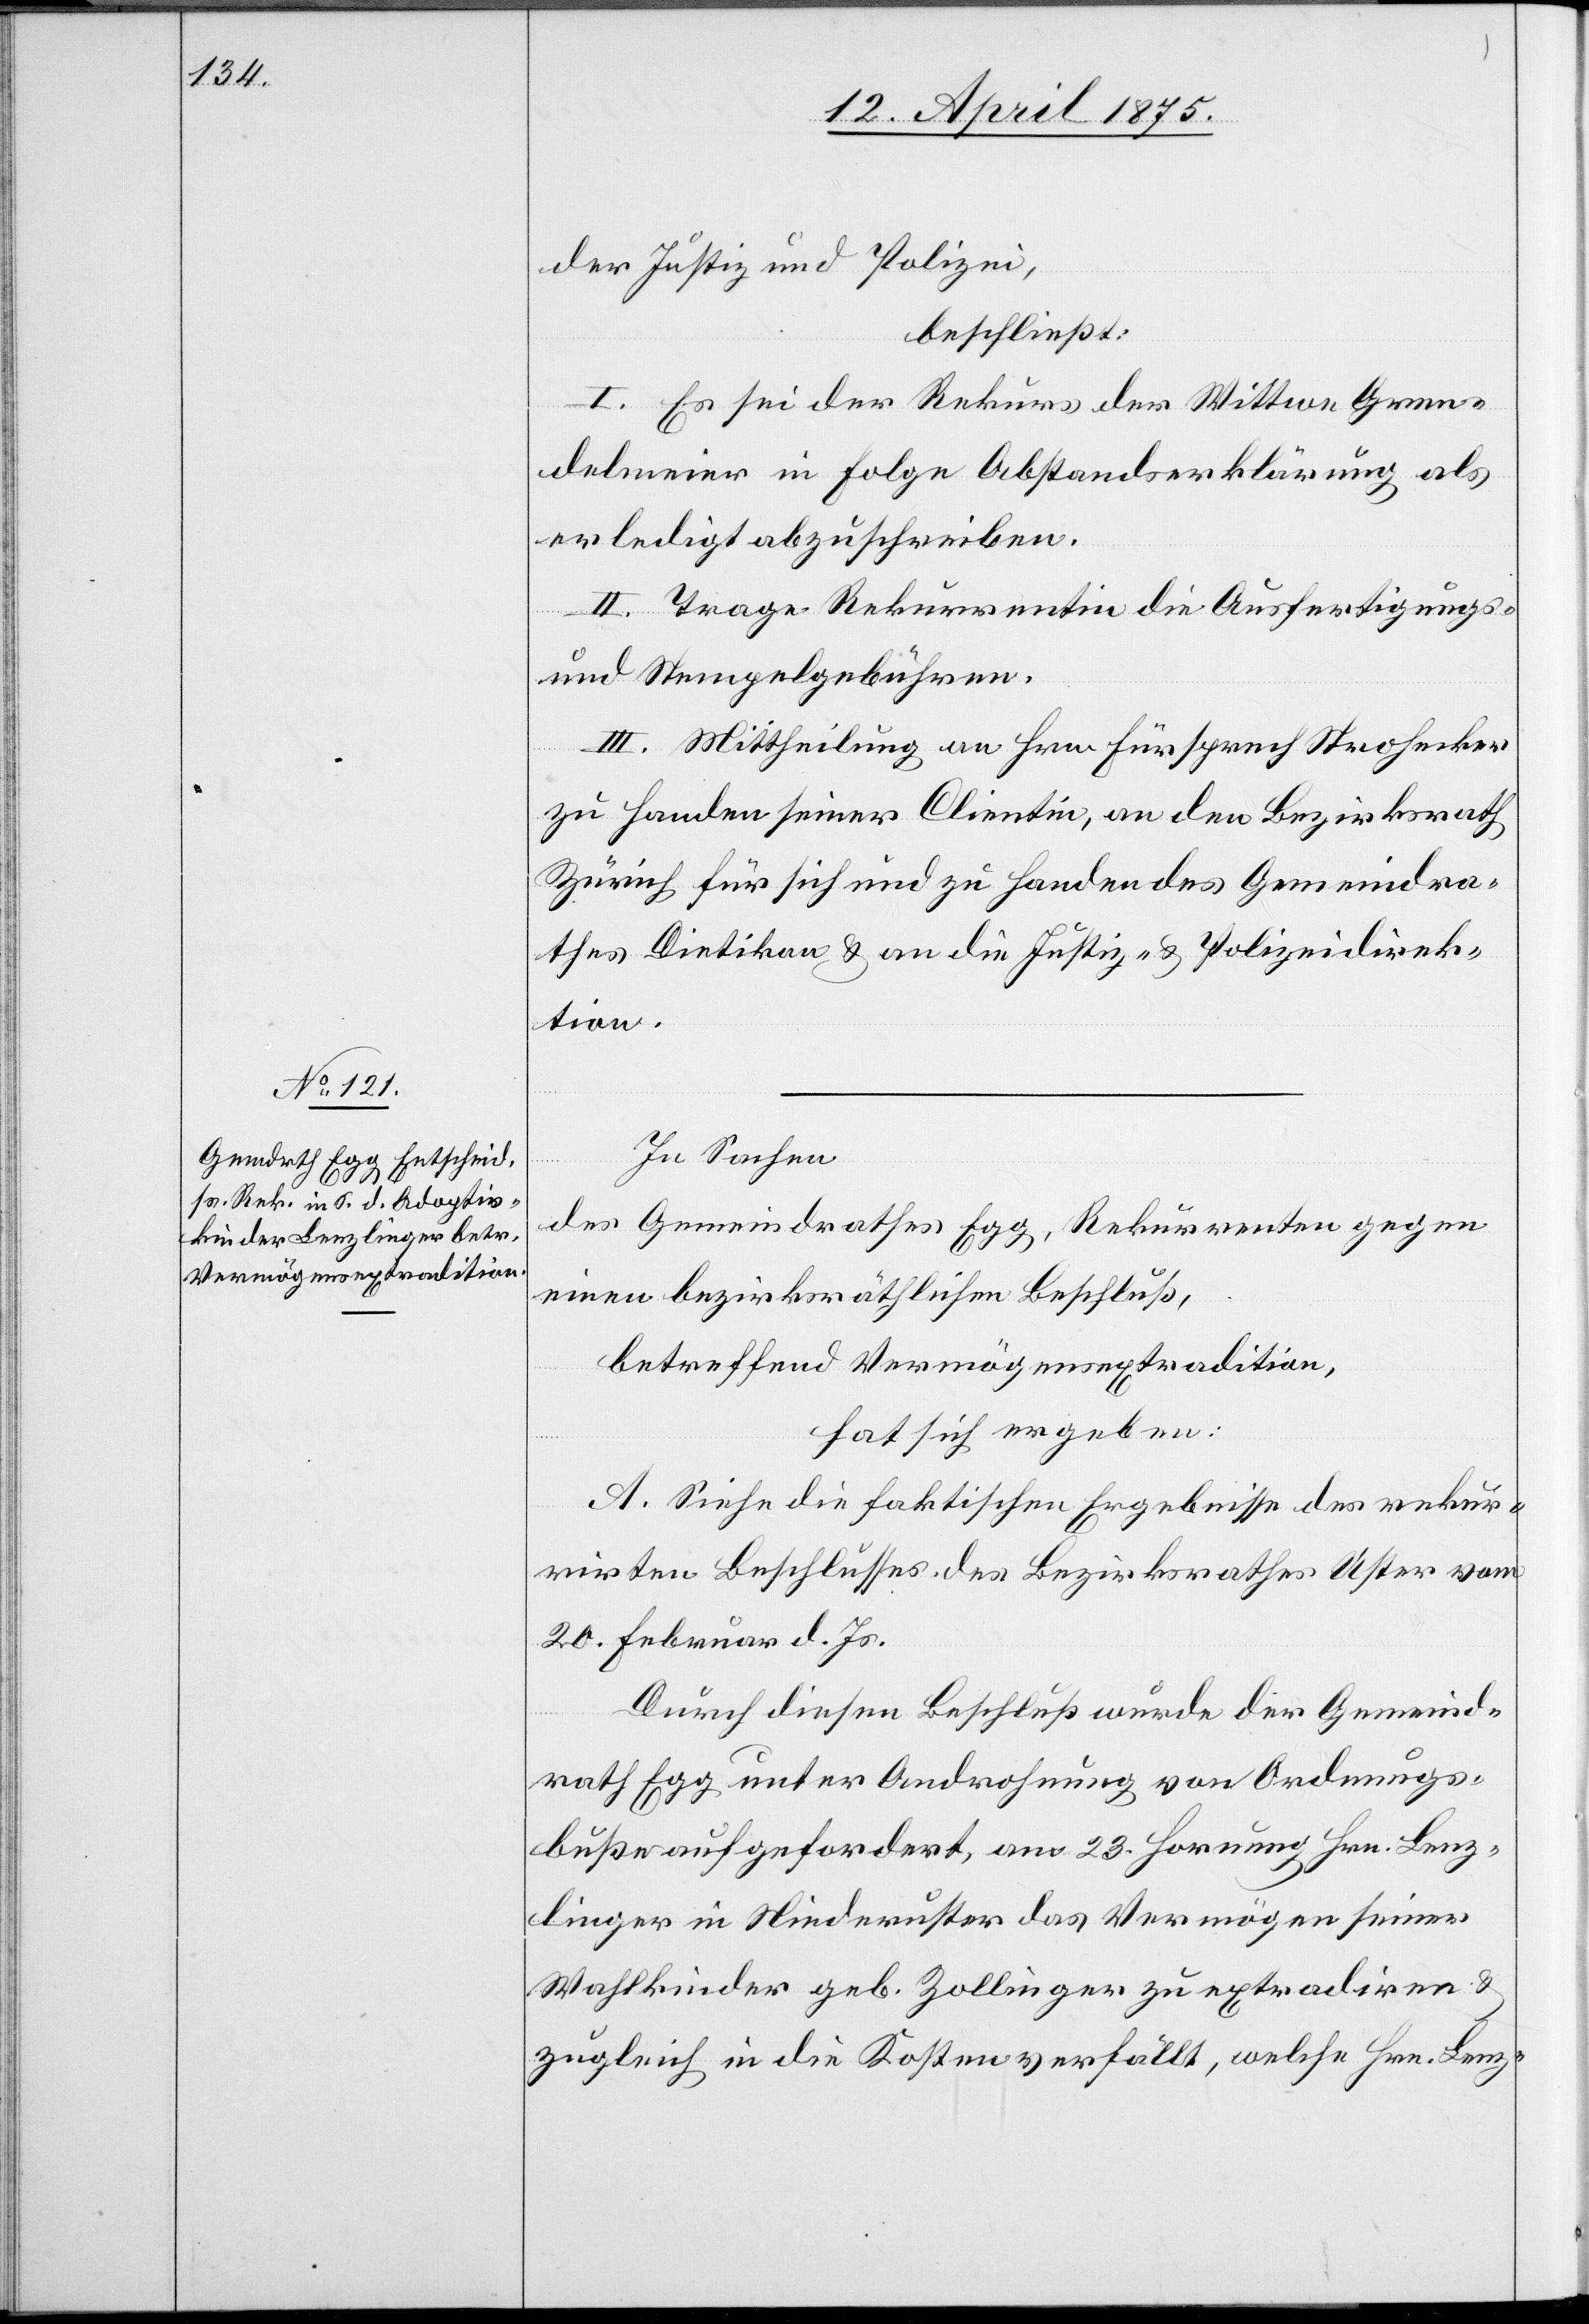
der Justiz und Polizei,
beschließt:
I. Es sei der Rekurs der Wittwe Gren¬
delmeier in Folge Abstandserklärung als
erledigt abzuschreiben.
II. Trage Rekurrentin die Ausfertigungs-
und Stempelgebühren.
III. Mittheilung an Hrn. Fürsprech Strohecker
zu Handen seiner Clientin, an den Bezirksrath
Zürich für sich und zu Handen des Gemeindra¬
thes Dietikon & an die Justiz- & Polizeidirek¬
tion.
In Sachen
des Gemeindrathes Egg, Rekurrenten gegen
einen bezirksräthlichen Beschluß,
betreffend Vermögensextradition,
hat sich ergeben:
A. Siehe die faktischen Ergebnisse des rekur¬
rirten Beschlusses des Bezirksrathes Uster vom
20. Februar d. Js.
Durch diesen Beschluß wurde der Gemeind¬
rath Egg unter Androhung von Ordnungs¬
buße aufgefordert, am 23. Hornung Hrn. Lenz¬
linger in Niederuster das Vermögen seiner
Wahlkinder geb. Zollinger zu extradiren &
zugleich in die Kosten verfällt, welche Hrn. Lenz-